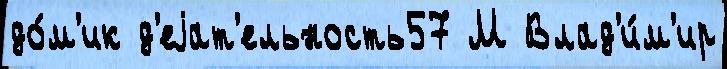
до́м'ик д'еjат'ельность57 М Влад'и́м'ир